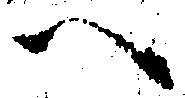
へ